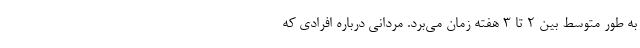
به طور متوسط بین ۲ تا ۳ هفته زمان می‌برد. مردانی درباره افرادی که